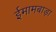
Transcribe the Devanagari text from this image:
ईमामबाड़ा